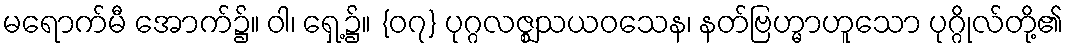
မရောက်မီ အောက်၌။ ဝါ၊ ရှေ့၌။ {၀၇} ပုဂ္ဂလဇ္ဈသယဝသေန၊ နတ်ဗြဟ္မာဟူသော ပုဂ္ဂိုလ်တို့၏